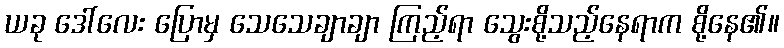
ယခု ဒေါ်လေး ပြောမှ သေသေချာချာ ကြည့်ရာ သွေးစို့သည့်နေရာက စို့နေ၏။